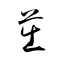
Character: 茁